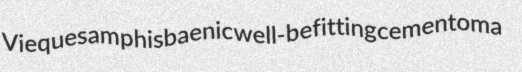
Vieques amphisbaenic well-befitting cementoma